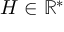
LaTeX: H \in \mathbb { R } ^ { * }